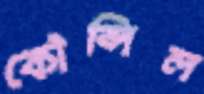
কৌন্সিল